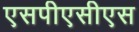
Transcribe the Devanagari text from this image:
एसपीएसीएस